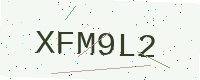
Text: XFM9L2